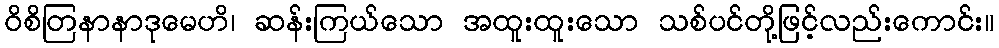
ဝိစိတြနာနာဒုမေဟိ၊ ဆန်းကြယ်သော အထူးထူးသော သစ်ပင်တို့ဖြင့်လည်းကောင်း။